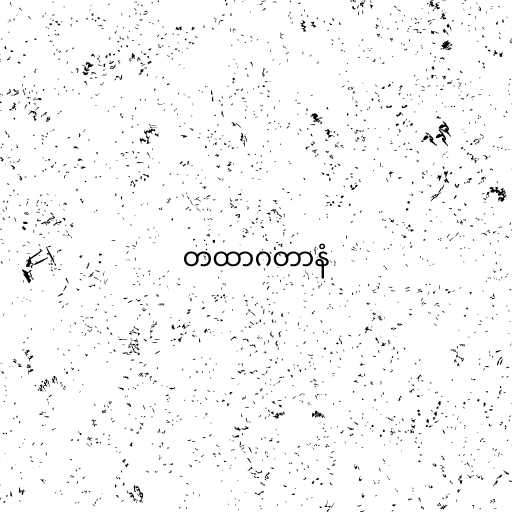
တထာဂတာနံ